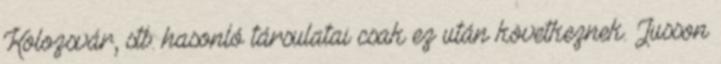
Kolozsvár, stb. hasonló társulatai csak ez után következnek. Jusson